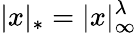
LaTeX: |x|_{*}=|x|_{\infty}^{\lambda}